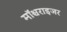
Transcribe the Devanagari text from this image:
मॉश्चराइजर